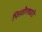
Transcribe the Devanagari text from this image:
पिस्तौलधारी